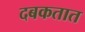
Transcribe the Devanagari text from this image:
दबकतात